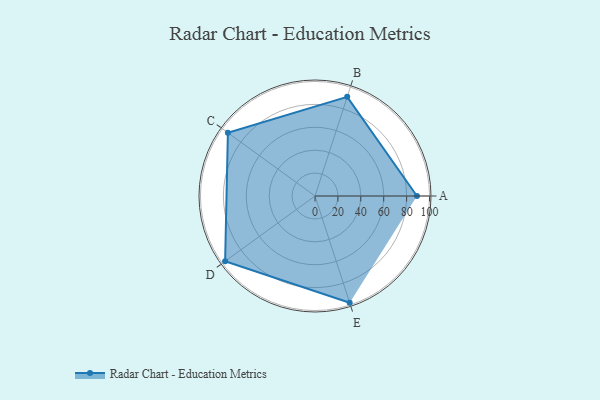
{"axis": {"x": "Skill", "y": "Score"}, "legend": ["Profile"], "data": [{"x": "A", "y": 89.0, "type": "Profile"}, {"x": "B", "y": 91.0, "type": "Profile"}, {"x": "C", "y": 94.0, "type": "Profile"}, {"x": "D", "y": 97.0, "type": "Profile"}, {"x": "E", "y": 98.0, "type": "Profile"}]}